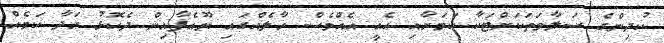
ކުދިންގެ ސަލާމަތަކަށްޓަކާ ކަމަށާއި އެއީ އެއްވެސް ހާލެއްގައި ޔޫއެފާއިން ދެކޮޅު ހަދާ ކަމެއް